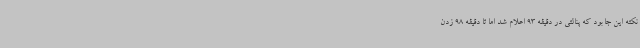
نکته این جا بود که پنالتی در دقیقه 93 اعلام شد اما تا دقیقه 98 زدن